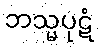
ဘသ္မပုဋံ